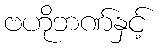
ဗဟိုဘဏ်နှင့်